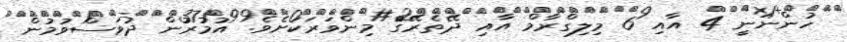
ހުންނަނީ 4 އާއި 6 މިލިގްރާމް އާއި ދޭތެރޭގެ މިންވަރަކަށެވެ. އުމުރުން ދުވަސްވުމުން